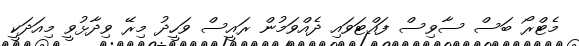
މެޓްރޯ ބަސް ސާވިސް ފައްޓަވައި ދެއްވަމުން ރައީސް ވަހީދު މިރޭ ވިދާޅުވީ މިއަދަކީ